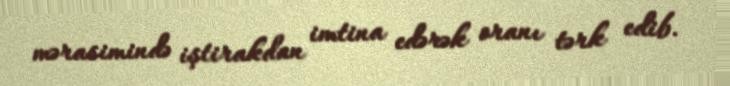
mərasimində iştirakdan imtina edərək oranı tərk edib.